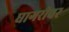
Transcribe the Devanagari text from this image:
घागरीवर